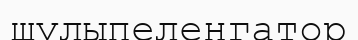
шулыпеленгатор